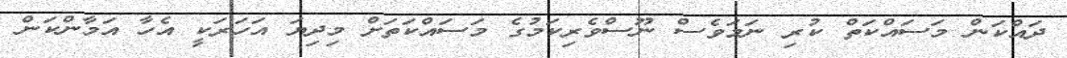
ދައްކަން މަސައްކަތް ކުރި ނަމަވެސް ނޫސްވެރިކަމުގެ މަސައްކަތަށް މިދިޔަ އަހަރަކީ އެހާ އަމާންކަން